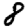
Digit: 8